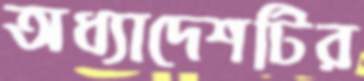
অধ্যাদেশটির